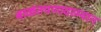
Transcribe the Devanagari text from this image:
बाळंतपणादरम्यान